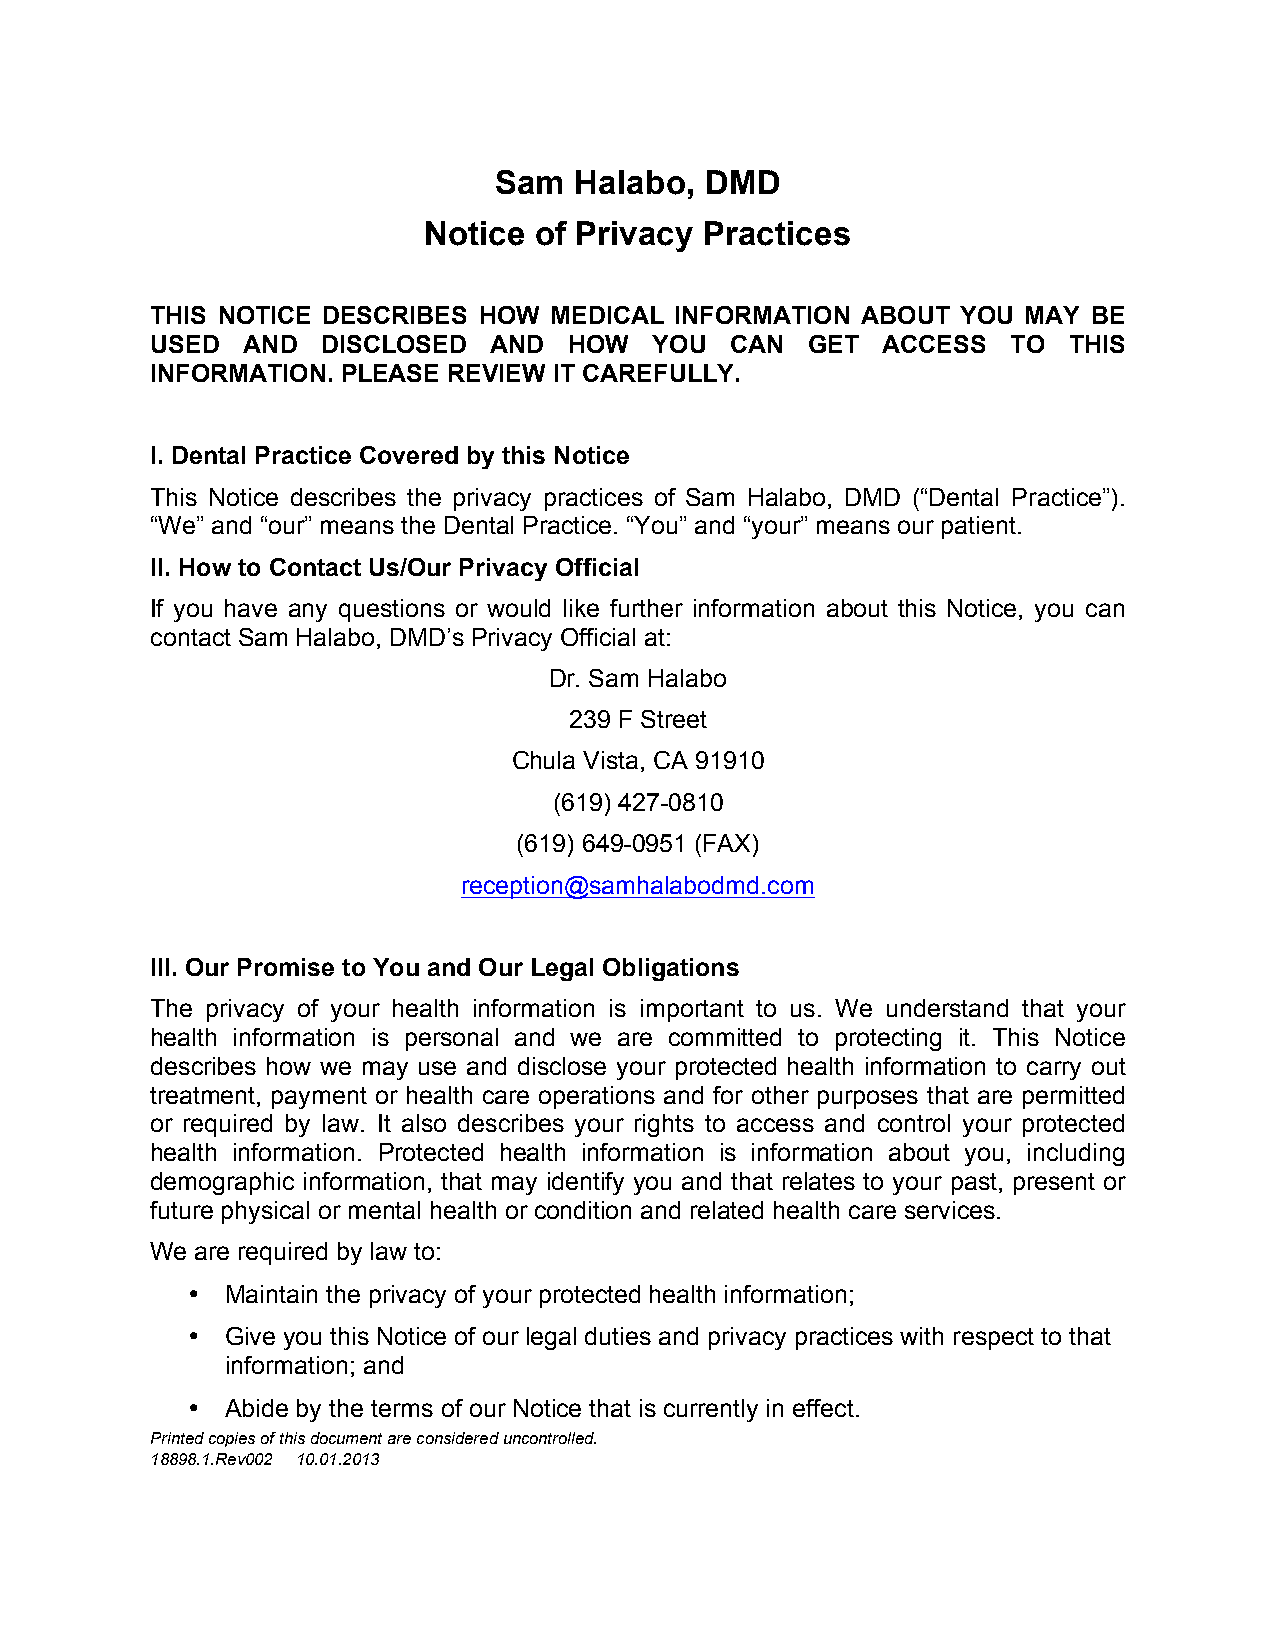
Sam  Halabo,  DMD
 Notice of Privacy  Practices
 THIS NOTICE DESCRIBES HOW MEDICAL  INFORMATION ABOUT  YOU MAY BE
 USED  AND  DISCLOSED  AND   HOW  YOU  CAN  GET  ACCESS   TO  THIS
 INFORMATION. PLEASE REVIEW IT CAREFULLY.
 I. Dental Practice Covered by this Notice
 This Notice describes the privacy practices of Sam Halabo, DMD (“Dental Practice”).
 “We” and “our” means the Dental Practice. “You” and “your” means our patient.
 II. How to Contact Us/Our Privacy Official
 If you have any questions or would like further information about this Notice, you can
 contact Sam Halabo, DMD’s Privacy Official at:
 Dr. Sam Halabo
 239 F Street
 Chula Vista, CA 91910
 (619) 427-0810
 (619) 649-0951 (FAX)
 reception@samhalabodmd.com
 III. Our Promise to You and Our Legal Obligations
 The privacy of your health information is important to us. We understand that your
 health information is personal and we are committed to protecting it. This Notice
 describes how we may use and disclose your protected health information to carry out
 treatment, payment or health care operations and for other purposes that are permitted
 or required by law. It also describes your rights to access and control your protected
 health information. Protected health information is information about you, including
 demographic information, that may identify you and that relates to your past, present or
 future physical or mental health or condition and related health care services.
 We are required by law to:
 •  Maintain the privacy of your protected health information;
 •  Give you this Notice of our legal duties and privacy practices with respect to that
 information; and
 •  Abide by the terms of our Notice that is currently in effect.
 Printed copies of this document are considered uncontrolled.
 18898.1.Rev002 10.01.2013